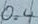
Text: 0.4